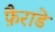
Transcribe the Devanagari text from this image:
फ़ैराडे